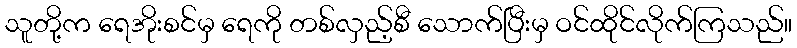
သူတို့က ရေအိုးစင်မှ ရေကို တစ်လှည့်စီ သောက်ပြီးမှ ဝင်ထိုင်လိုက်ကြသည်။